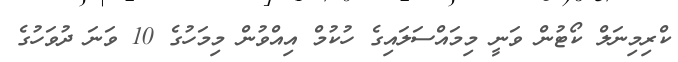
ކްރިމިނަލް ކޯޓުން ވަނީ މިމައްސަލައިގެ ހުކުމް އިއްވުން މިމަހުގެ 10 ވަނަ ދުވަހުގެ